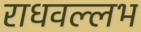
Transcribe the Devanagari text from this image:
राधवल्लभ